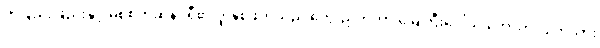
တဖြည်းဖြည်းနှင့် မစ်စက်ဆန်ဒရီ၏ ဒူးနှစ်ဖက်သည် ကွေးညွှတ်ကာ မြေကြီးပေါ်သို့ ထောက်လျက်သား